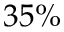
3 5 \%